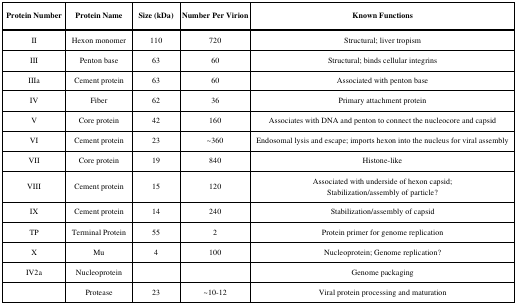
<table><thead><tr><td><b>Protein Number</b></td><td><b>Protein Name</b></td><td><b>Size (kDa)</b></td><td><b>Number Per Virion</b></td><td><b>Known Functions</b></td></tr></thead><tbody><tr><td>II</td><td>Hexon monomer</td><td>110</td><td>720</td><td>Structural; liver tropism</td></tr><tr><td>III</td><td>Penton base</td><td>63</td><td>60</td><td>Structural; binds cellular integrins</td></tr><tr><td>IIIa</td><td>Cement protein</td><td>63</td><td>60</td><td>Associated with penton base</td></tr><tr><td>IV</td><td>Fiber</td><td>62</td><td>36</td><td>Primary attachment protein</td></tr><tr><td>V</td><td>Core protein</td><td>42</td><td>160</td><td>Associates with DNA and penton to connect the nucleocore and capsid</td></tr><tr><td>VI</td><td>Cement protein</td><td>23</td><td>~360</td><td>Endosomal lysis and escape; imports hexon into the nucleus for viral assembly</td></tr><tr><td>VII</td><td>Core protein</td><td>19</td><td>840</td><td>Histone-like</td></tr><tr><td>VIII</td><td>Cement protein</td><td>15</td><td>120</td><td>Associated with underside of hexon capsid; Stabilization/assembly of particle?</td></tr><tr><td>IX</td><td>Cement protein</td><td>14</td><td>240</td><td>Stabilization/assembly of capsid</td></tr><tr><td>TP</td><td>Terminal Protein</td><td>55</td><td>2</td><td>Protein primer for genome replication</td></tr><tr><td>X</td><td>Mu</td><td>4</td><td>100</td><td>Nucleoprotein; Genome replication?</td></tr><tr><td>IV2a</td><td>Nucleoprotein</td><td></td><td></td><td>Genome packaging</td></tr><tr><td></td><td>Protease</td><td>23</td><td>~10-12</td><td>Viral protein processing and maturation</td></tr></tbody></table>